Problem: 8 × 3 = ?
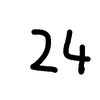
Handwritten answer: 24